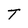
Character: T